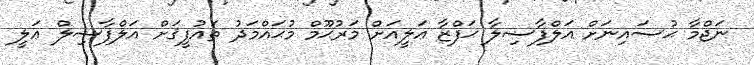
ނަޖްމާ ޙުސައިނަށް އަލްފާޟިލާ ޙަފްޒާ ޢަލީއަށް މަރުޙޫމް މުޙައްމަދު ތައުފީޤަށް އަލްފާޟިލް ޢަލީ